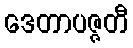
ဒေတာပဇ္ဇတီ